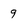
Character: 9